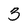
Character: 3